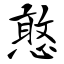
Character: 憨